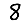
Digit: 8